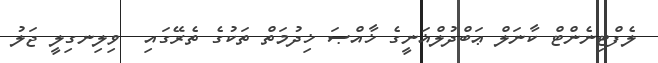
ލެފްޓިނެންޓް ކާނަލް ޢަބްދުލްޣަނީީީގެ ޚާއްޞަ ޚިދުމަތް ތަކުގެ ތެރޭގައި  ވިލިނގިލީ ޖަލު